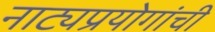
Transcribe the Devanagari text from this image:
नाट्यप्रयोगांची